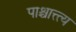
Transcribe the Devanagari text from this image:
पाश्चात्त्त्य